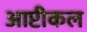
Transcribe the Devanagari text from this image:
आप्टीकल